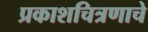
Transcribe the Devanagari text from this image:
प्रकाशचित्रणाचे